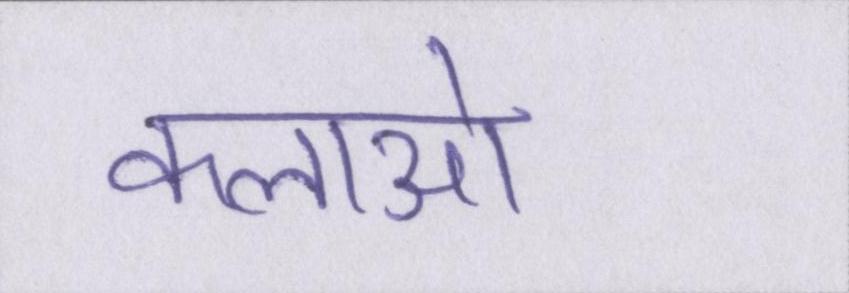
कलाओ